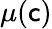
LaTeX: \mu(\mathsf{c})